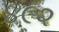
૪૯૨